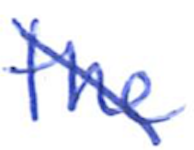
Text: the
Cross-out: diagonal
Writing tool: ballpoint